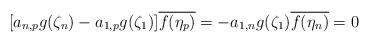
LaTeX: \begin{align*}[a_{n,p}g(\zeta_n)-a_{1,p}g(\zeta_1)]\overline{f(\eta_{p})}=-a_{1,n}g(\zeta_1)\overline{f(\eta_{n})}=0\end{align*}